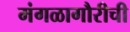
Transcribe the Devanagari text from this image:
मंगळागौरीची